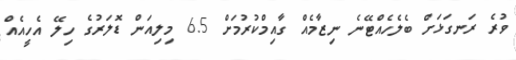
ވުރެ ރަނގަޅަށް ބެލެހެއްޓޭނެ ނިޒާމެއް ގާއިމްކުރުމަށް 6.5 މިލިއަން ޑޮލަރުގެ ހިލޭ އެހީއެއް